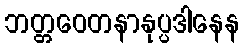
ဘတ္တဝေတနာနုပ္ပဒါနေန